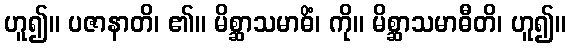
ဟူ၍။ ပဇာနာတိ၊ ၏။ မိစ္ဆာသမာဓိံ၊ ကို။ မိစ္ဆာသမာဓီတိ၊ ဟူ၍။